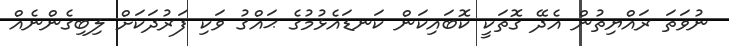
ނުވަތަ ރައްޔިތުން އެދޭ ގޮތަކީ ކޮބައިކަން ކަނޑައެޅުމުގެ ޙައްޤު ވަކި ފަރުދަކަށް ލިބިގެންނެއް